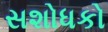
સશોધકો